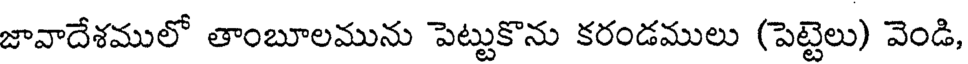
జావాదేశములో తాంబూలమును పెట్టుకొను కరండములు (పెట్టెలు) వెండి,